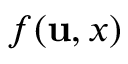
f ( \mathbf { u } , x )